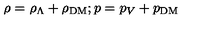
\rho = \rho _ { \Lambda } + \rho _ { \mathrm { D M } } ; p = p _ { V } + p _ { \mathrm { D M } }